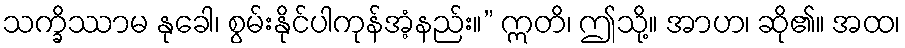
သက္ခိဿာမ နုခေါ၊ စွမ်းနိုင်ပါကုန်အံ့နည်း။” ဣတိ၊ ဤသို့။ အာဟ၊ ဆို၏။ အထ၊